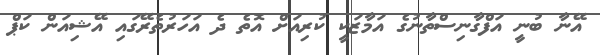
އޭނާ ބުނީ އަފްގާނިސްތާނުގެ އަމާޒަކީ ކުރިއަށް އޮތެ ދެ އަހަރުތެރޭގައި އޭޝިއަން ކަޕް